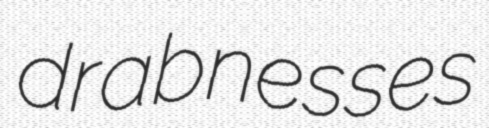
drabnesses